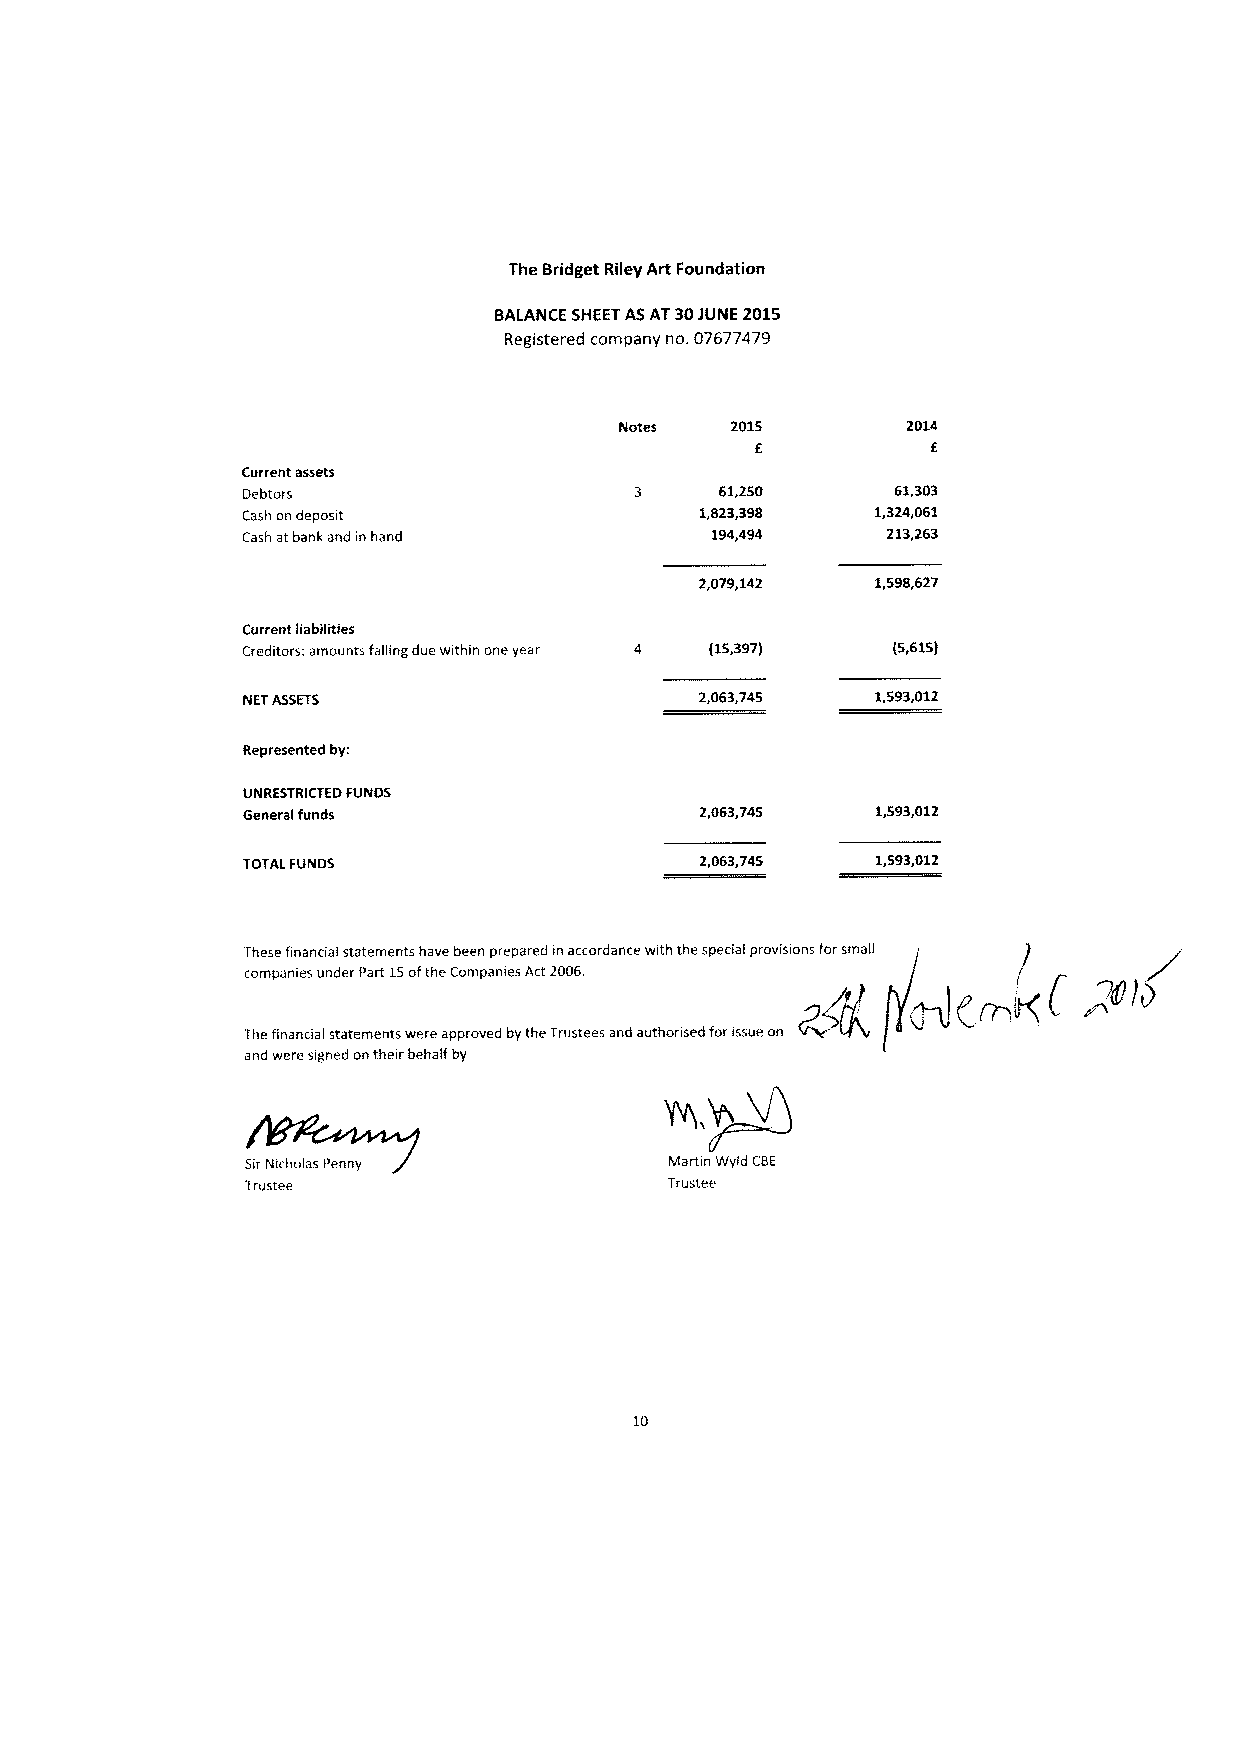
The Bridget Riley Art Foundation
 BALANCE SHEETASAT30JUNE 2015
 Registered company no. 07677479
 Notes  2015        2014
 E           E
 Current assets
 Debtors                         61,250     61,303
 Cash on deposit               1,823,39S   1,324,061
 Cash atbank and in hand        194,494     213,263
 2,079,142   1,596,627
 Current liabilities
 Creditors: amounts falling due within one year 4 (15,397) (5,615)
 NETASSETS                     2,063,745   1,593,012
 Represented by:
 UNRESTRICTED FUNDS
 General funds                 2,063,745   1,593,012
 TOTALFUNDS                    2,063,745   1,593,012
 These financial statements have been prepared in accordance with the special provisions forsmall
 companies under Part 15ofthe Companies Act2006.
 Thefinancial statements were approved bythe Trustees and authorised forissue on
 and were signed ontheir behalf by
 SirNicholas Penny           Martin Wyld CBE
 Trustee                     Trustee
 10